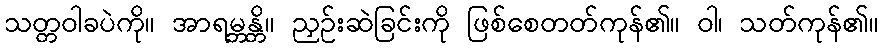
သတ္တဝါခပဲကို။ အာရမ္ဘန္တိ။ ညှဉ်းဆဲခြင်းကို ဖြစ်စေတတ်ကုန်၏။ ဝါ၊ သတ်ကုန်၏။